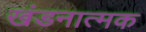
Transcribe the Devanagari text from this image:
खंडनात्मक